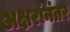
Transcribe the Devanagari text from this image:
अक्षरांनंतर